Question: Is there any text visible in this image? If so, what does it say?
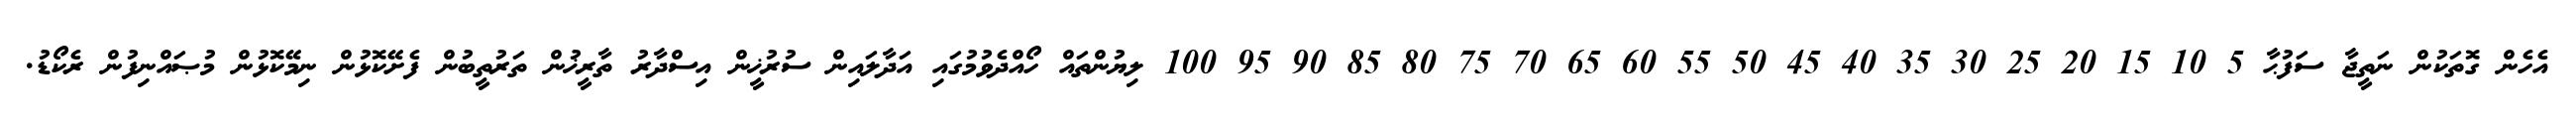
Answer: އެހެން ގޮތަކުން ނަތީޖާ ސަފުޙާ 5 10 15 20 25 30 35 40 45 50 55 60 65 70 75 80 85 90 95 100 ލިޔުންތައް ހޯއްދެވުމުގައި އަދާލައިން ސުރުޚީން އިސްދާރު ތާރީޚުން ތަރުތީބުން ފެށޭކޮޅުން ނިމޭކޮޅުން މުޞައްނިފުން ރެކޯޑު.